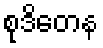
စုဒိတေန